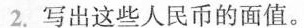
2.写出这些人民币的面值。